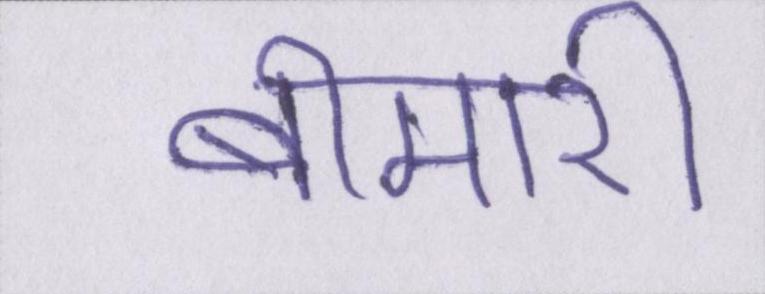
बीमारी